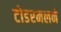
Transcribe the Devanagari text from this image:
टोडरमलने